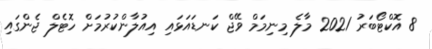
8 އޮކްޓޯބަރު 2021 މާލެ މިނިމަމް ވޭޖް ކަނޑައަޅައި އިއުލާންކުރުމަށް ހޮޓެލް ޖެންގައި